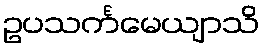
ဥပသင်္ကမေယျာသိ